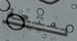
بمتعة